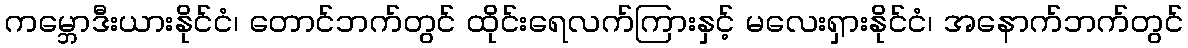
ကမ္ဘောဒီးယားနိုင်ငံ၊ တောင်ဘက်တွင် ထိုင်းရေလက်ကြားနှင့် မလေးရှားနိုင်ငံ၊ အနောက်ဘက်တွင်